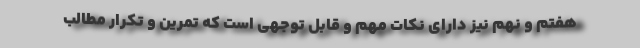
هفتم و نهم نیز دارای نکات مهم و قابل توجهی است که تمرین و تکرار مطالب